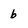
Character: b